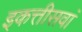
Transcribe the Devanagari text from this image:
इकत्तीसवां